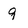
Character: 9